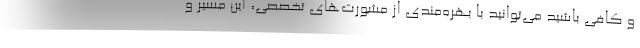
و کافی باشید می‌توانید با بهره‌مندی از مشورت‌های تخصصی، این مسیر و